Sketch of the medical history of the native army of Bombay, for the year
Year: 1876
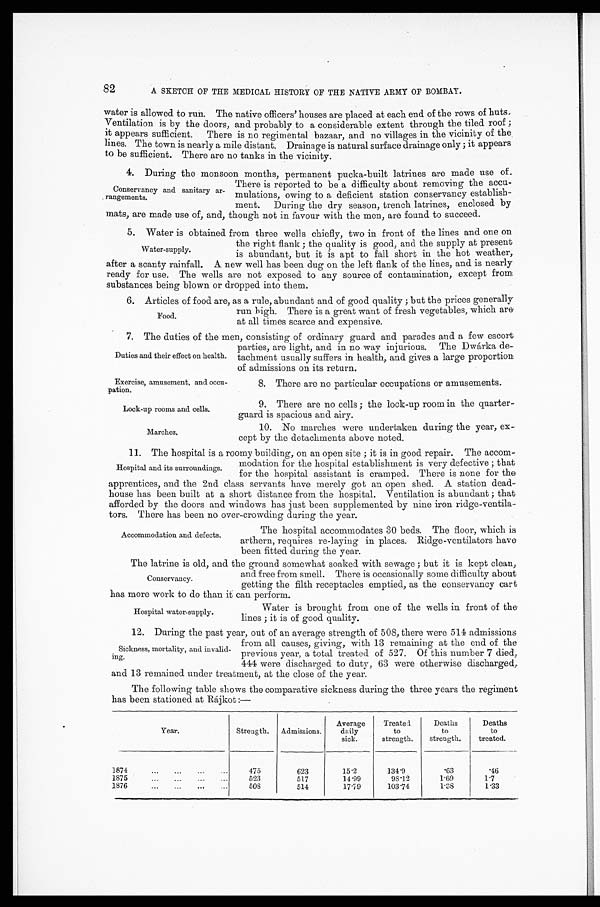
Exercise, amusement, and occu-
pation.
Lock-up rooms and cells.
Marches.
82
A SKETCH OF THE MEDICAL HISTORY OF THE NATIVE ARMY OF BOMBAY.
water is allowed to run. The native officers’ houses are placed at each end of the rows of huts,
Ventilation is by the doors, and probably to a considerable extent through the tiled roof ;
it appears sufficient. There is no regimental bazaar, and no villages in the vicinity of the
lines. The town is nearly a mile distant. Drainage is natural surface drainage only ; it appears
to be sufficient. There are no tanks in the vicinity.
4. During the monsoon months, permanent pucka-built latrines are made use of.
There is reported to be a difficulty about removing the accu
-mulations, owing to a deficient station conservancy establish-
ment. During the dry season, trench latrines, enclosed by
mats, are made use of, and, though not in favour with the men, are found to succeed.
5. Water is obtained from three wells chiefly, two in front of the lines and one on
the right flank ; the quality is good, and the supply at present
is abundant, but it is apt to fall short in the hot weather,
after a scanty rainfall. A new well has been dug on the left flank of the lines, and is nearly
ready for use. The wells are not exposed to any source of contamination, except from
substances being blown or dropped into them.
6. Articles of food are, as a rule, abundant and of good quality ; but the prices generally
r u n h i g h . T h e r e i s a g r e a t w a n t o f f r e s h v e g e t a b l e s , w h i c h a r e
at all times scarce and expensive.
7. The duties of the men, consisting of ordinary guard and parades and a few escort
parties, are light, and in no way injurious. The Dwárka
de-tachment usually suffers in health, and gives a large proportion
of admissions on its return.
Conservancy and sanitary ar-
rangements.
Water-supply.
Food.
Duties and their effect on health.
8. There are no particular occupations or amusements.
9. There are no cells ; the lock-up room in the quarter-
guard is spacious and airy.
10. No marches were undertaken during the year, ex-
cept by the detachments above noted.
11. The hospital is a roomy building, on an open site ; it is in good repair. The accom-
modation for the hospital establishment is very defective ; that
for the hospital assistant is cramped. There is none for the
apprentices, and the 2nd class servants have merely got an open shed. A station dead-
house has been built at a short distance from the hospital. Ventilation is abundant ; that
afforded by the doors and windows has just been supplemented by nine iron ridge-ventila
- t o r s . T h e r e h a s b e e n n o o v e r - c r o w d i n g d u r i n g t h e y e a r .
Hospital and its surroundings.
Accommodation and defects.
The hospital accommodates 30 beds. The floor, which is
arthern, requires re-laying in places. Ridge-ventilators have
been fitted during the year.
The latrine is old, and the ground somewhat soaked with sewage ; but it is kept clean,
and free from smell. There is occasionally some difficulty about
getting the filth receptacles emptied, as the conservancy cart
has more work to do than it can perform.
Conservancy.
Hospital water-supply.
Water is brought from one of the wells in front of the
lines ; it is of good quality.
12. During the past year, out of an average strength of 508, there were 514 admissions
from all causes, giving, with 13 remaining at the end of the
previous year, a total treated of 527. Of this number 7 died,
444 were discharged to duty, 63 were otherwise discharged,
and 13 remained under treatment, at the close of the year.
The following table shows the comparative sickness during the three years the regiment
has been stationed at Rájkot :—
Year.
Strength.
Admissions.
Average
daily
sick.
T r e a t e d
to
strength.
Deaths
to
strength.
Deaths
to
treated.
1874.
. .. ... ...
475
623
15.2
1 3 4 . 9
.63
. 4 6
1875
...
...
...
523
517
14.99
98.12
1 . 6 9
1.7
1876 ...
...
...
508
514
1 7 . 7 9
103.74
1 . 8 8
1.33
Sickness, mortality, and invalid-
ing.